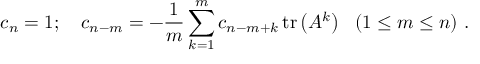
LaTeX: c _ { n } = 1 ; ~ ~ ~ c _ { n - m } = - { \frac { 1 } { m } } \sum _ { k = 1 } ^ { m } c _ { n - m + k } \operatorname { t r } \left( A ^ { k } \right) ~ ~ ( 1 \leq m \leq n ) ~ .